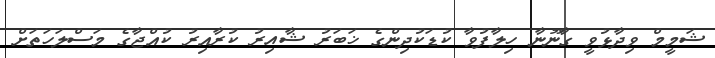
ޝަމީމް ވިދާޅުވީ ގާނޫނާ ހިލާފުވާ ކުޑަކުދިންގެ ޚަބަރު ޝާއިރު ކުރާއިރު ކުއްޖާގެ މަސްލަހަތަށް